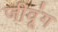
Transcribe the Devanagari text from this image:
जीवूंग